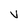
Character: V